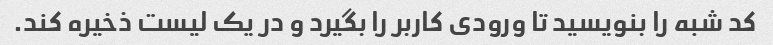
کد شبه را بنویسید تا ورودی کاربر را بگیرد و در یک لیست ذخیره کند.